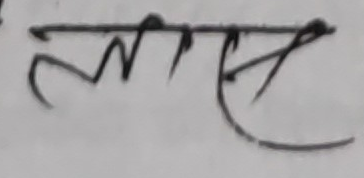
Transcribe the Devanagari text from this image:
लागू